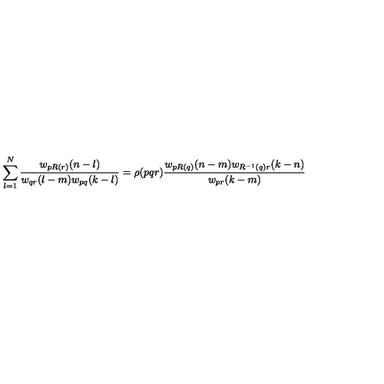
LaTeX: \sum _ { l = 1 } ^ { N } { \frac { w _ { p R ( r ) } ( n - l ) } { w _ { q r } ( l - m ) w _ { p q } ( k - l ) } } = \rho ( p q r ) { \frac { w _ { p R ( q ) } ( n - m ) w _ { R ^ { - 1 } ( q ) r } ( k - n ) } { w _ { p r } ( k - m ) } }